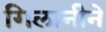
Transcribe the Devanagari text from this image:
गिलानीने